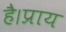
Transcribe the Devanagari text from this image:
है।प्राय